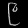
Digit: ၉